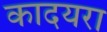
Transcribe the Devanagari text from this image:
कादयरा